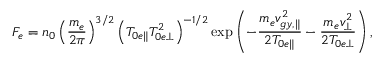
F _ { e } = n _ { 0 } \left( \frac { m _ { e } } { 2 \pi } \right) ^ { 3 / 2 } \left( T _ { 0 e \parallel } T _ { 0 e \perp } ^ { 2 } \right) ^ { - 1 / 2 } \exp \left( - \frac { m _ { e } v _ { g y , \parallel } ^ { 2 } } { 2 T _ { 0 e \parallel } } - \frac { m _ { e } v _ { \perp } ^ { 2 } } { 2 T _ { 0 e \perp } } \right) ,